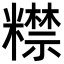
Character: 𥽍